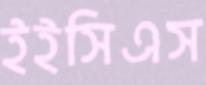
ইইসিএস